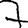
Digit: 7